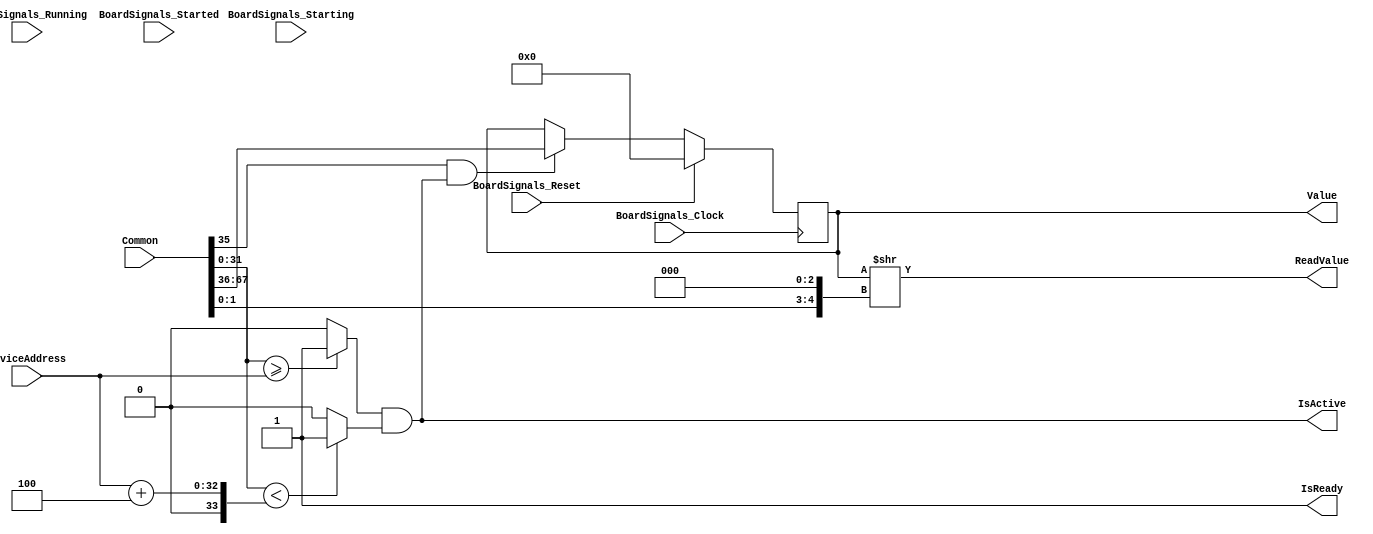
`timescale 1ns/1ps
`default_nettype none
// PLEASE READ THIS, IT MAY SAVE YOU SOME TIME AND MONEY, THANK YOU!
// * This file was generated by Quokka FPGA Toolkit.
// * Generated code is your property, do whatever you want with it
// * Place custom code between [BEGIN USER ***] and [END USER ***].
// * CAUTION: All code outside of [USER] scope is subject to regeneration.
// * Bad things happen sometimes in developer's life,
//   it is recommended to use source control management software (e.g. git, bzr etc) to keep your custom code safe'n'sound.
// * Internal structure of code is subject to change.
//   You can use some of signals in custom code, but most likely they will not exist in future (e.g. will get shorter or gone completely)
// * Please send your feedback, comments, improvement ideas etc. to evmuryshkin@gmail.com
// * Visit https://github.com/EvgenyMuryshkin/QuokkaEvaluation to access latest version of playground
//
// DISCLAIMER:
//   Code comes AS-IS, it is your responsibility to make sure it is working as expected
//   no responsibility will be taken for any loss or damage caused by use of Quokka toolkit.
//
// System configuration name is Increment_TopLevel_CounterModule, clock frequency is 1Hz, Embedded
// FSM summary
// -- Packages
module Increment_TopLevel_CounterModule
(
	// [BEGIN USER PORTS]
	// [END USER PORTS]
	input wire BoardSignals_Clock,
	input wire BoardSignals_Reset,
	input wire BoardSignals_Running,
	input wire BoardSignals_Starting,
	input wire BoardSignals_Started,
	input wire [67:0] Common,
	input wire [31:0] DeviceAddress,
	output wire IsActive,
	output wire IsReady,
	output wire [31:0] ReadValue,
	output wire [31:0] Value
);
	// [BEGIN USER SIGNALS]
	// [END USER SIGNALS]
	localparam HiSignal = 1'b1;
	localparam LoSignal = 1'b0;
	wire Zero = 1'b0;
	wire One = 1'b1;
	wire true = 1'b1;
	wire false = 1'b0;
	wire [2: 0] addressSpan = 3'b100;
	wire [1: 0] SoCComponentModule_L52F83T84_Expr = 2'b11;
	wire SoCRegisterModule_L27F41T45_Expr = 1'b1;
	wire [31: 0] Inputs_Common_Address;
	wire [1: 0] Inputs_Common_MemAccessMode;
	wire Inputs_Common_RE;
	wire Inputs_Common_WE;
	wire [31: 0] Inputs_Common_WriteValue;
	wire [31: 0] Inputs_DeviceAddress;
	reg [31: 0] NextState_Value;
	wire addressMatch;
	wire [31: 0] internalAddressBits;
	wire [4: 0] internalByteAddress;
	wire internalIsActive;
	wire [1: 0] SoCComponentModule_L52F54T79_Index;
	reg [31: 0] State_Value = 32'b00000000000000000000000000000000;
	wire [31: 0] State_ValueDefault = 32'b00000000000000000000000000000000;
	wire SoCComponentModule_L50F48T157_Expr;
	wire SoCComponentModule_L50F48T157_Expr_1;
	wire SoCComponentModule_L50F48T157_Expr_2;
	wire [4: 0] SoCComponentModule_L52F54T84_Expr;
	wire [4: 0] SoCComponentModule_L52F54T84_Expr_1;
	wire SoCRegisterModule_L31F9L36T10_SoCRegisterModule_L32F17T53_Expr;
	wire SoCRegisterModule_L31F9L36T10_SoCRegisterModule_L32F17T53_Expr_1;
	wire SoCRegisterModule_L31F9L36T10_SoCRegisterModule_L32F17T53_Expr_2;
	wire [31: 0] SoCRegisterModule_L26F43T77_Expr;
	wire [31: 0] SoCRegisterModule_L26F43T77_Expr_1;
	wire [33: 0] SoCComponentModule_L50F122T156_Expr;
	wire signed [33: 0] SoCComponentModule_L50F122T156_Expr_1;
	wire signed [33: 0] SoCComponentModule_L50F122T156_Expr_2;
	wire SoCComponentModule_L50F48T93_Expr;
	wire signed [32: 0] SoCComponentModule_L50F48T93_ExprLhs;
	wire signed [32: 0] SoCComponentModule_L50F48T93_ExprRhs;
	wire SoCComponentModule_L50F97T157_Expr;
	wire signed [34: 0] SoCComponentModule_L50F97T157_ExprLhs;
	wire signed [34: 0] SoCComponentModule_L50F97T157_ExprRhs;
	always @ (posedge BoardSignals_Clock)
	begin
		if ((BoardSignals_Reset == 1))
		begin
			State_Value <= State_ValueDefault;
		end
		else
		begin
			State_Value <= NextState_Value;
		end
	end
	assign SoCComponentModule_L50F48T93_Expr = SoCComponentModule_L50F48T93_ExprLhs >= SoCComponentModule_L50F48T93_ExprRhs ? 1'b1 : 1'b0;
	assign SoCComponentModule_L50F97T157_Expr = SoCComponentModule_L50F97T157_ExprLhs < SoCComponentModule_L50F97T157_ExprRhs ? 1'b1 : 1'b0;
	assign SoCComponentModule_L50F48T157_Expr = SoCComponentModule_L50F48T157_Expr_1 & SoCComponentModule_L50F48T157_Expr_2;
	assign SoCComponentModule_L52F54T84_Expr[0] = 0;
	assign SoCComponentModule_L52F54T84_Expr[1] = 0;
	assign SoCComponentModule_L52F54T84_Expr[2] = 0;
	assign SoCComponentModule_L52F54T84_Expr[3] = SoCComponentModule_L52F54T84_Expr_1[0];
	assign SoCComponentModule_L52F54T84_Expr[4] = SoCComponentModule_L52F54T84_Expr_1[1];
	assign SoCRegisterModule_L31F9L36T10_SoCRegisterModule_L32F17T53_Expr = SoCRegisterModule_L31F9L36T10_SoCRegisterModule_L32F17T53_Expr_1 & SoCRegisterModule_L31F9L36T10_SoCRegisterModule_L32F17T53_Expr_2;
	assign SoCRegisterModule_L26F43T77_Expr = (SoCRegisterModule_L26F43T77_Expr_1 >> internalByteAddress);
	assign SoCComponentModule_L50F122T156_Expr = SoCComponentModule_L50F122T156_Expr_1 + SoCComponentModule_L50F122T156_Expr_2;
	always @ (*)
	begin
		NextState_Value = State_Value;
		if ((SoCRegisterModule_L31F9L36T10_SoCRegisterModule_L32F17T53_Expr == 1))
		begin
			NextState_Value = Inputs_Common_WriteValue;
		end
	end
	assign SoCComponentModule_L50F48T93_ExprLhs = {
		1'b0,
		Inputs_Common_Address
	}
	;
	assign SoCComponentModule_L50F48T93_ExprRhs = {
		1'b0,
		Inputs_DeviceAddress
	}
	;
	assign SoCComponentModule_L50F97T157_ExprLhs = {
		{3{1'b0}},
		Inputs_Common_Address
	}
	;
	assign SoCComponentModule_L50F97T157_ExprRhs = {
		1'b0,
		SoCComponentModule_L50F122T156_Expr
	}
	;
	assign SoCComponentModule_L50F48T157_Expr_1 = SoCComponentModule_L50F48T93_Expr;
	assign SoCComponentModule_L50F48T157_Expr_2 = SoCComponentModule_L50F97T157_Expr;
	assign SoCComponentModule_L52F54T84_Expr_1 = {
		{3{1'b0}},
		SoCComponentModule_L52F54T79_Index
	}
	;
	assign SoCRegisterModule_L31F9L36T10_SoCRegisterModule_L32F17T53_Expr_1 = Inputs_Common_WE;
	assign SoCRegisterModule_L31F9L36T10_SoCRegisterModule_L32F17T53_Expr_2 = internalIsActive;
	assign SoCRegisterModule_L26F43T77_Expr_1 = State_Value;
	assign SoCComponentModule_L50F122T156_Expr_1 = {
		{2{1'b0}},
		Inputs_DeviceAddress
	}
	;
	assign SoCComponentModule_L50F122T156_Expr_2 = {
		{31{1'b0}},
		addressSpan
	}
	;
	assign Inputs_Common_WriteValue = Common[67:36];
	assign Inputs_Common_WE = Common[35];
	assign Inputs_Common_RE = Common[34];
	assign Inputs_Common_MemAccessMode = Common[33:32];
	assign Inputs_Common_Address = Common[31:0];
	assign Inputs_DeviceAddress = DeviceAddress;
	assign addressMatch = SoCComponentModule_L50F48T157_Expr;
	assign internalAddressBits = Inputs_Common_Address;
	assign SoCComponentModule_L52F54T79_Index = internalAddressBits[1:0];
	assign internalByteAddress = SoCComponentModule_L52F54T84_Expr;
	assign internalIsActive = addressMatch;
	assign IsActive = internalIsActive;
	assign IsReady = SoCRegisterModule_L27F41T45_Expr;
	assign ReadValue = SoCRegisterModule_L26F43T77_Expr;
	assign Value = State_Value;
	// [BEGIN USER ARCHITECTURE]
	// [END USER ARCHITECTURE]
endmodule